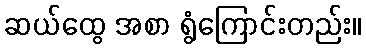
ဆယ်ထွေ အစာ ရွံကြောင်းတည်း။